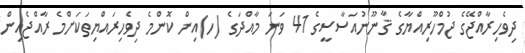
ދިވެހިރާއްޖޭގެ ޖުމްހޫރިއްޔާގެ ޤާނޫނުއަސާސީގެ 41 ވަނަ މާއްދަގެ (ހ)އިން ކޮންމެ ދިވެހިރައްޔިތަކަށްމެ ރާއްޖެއިން